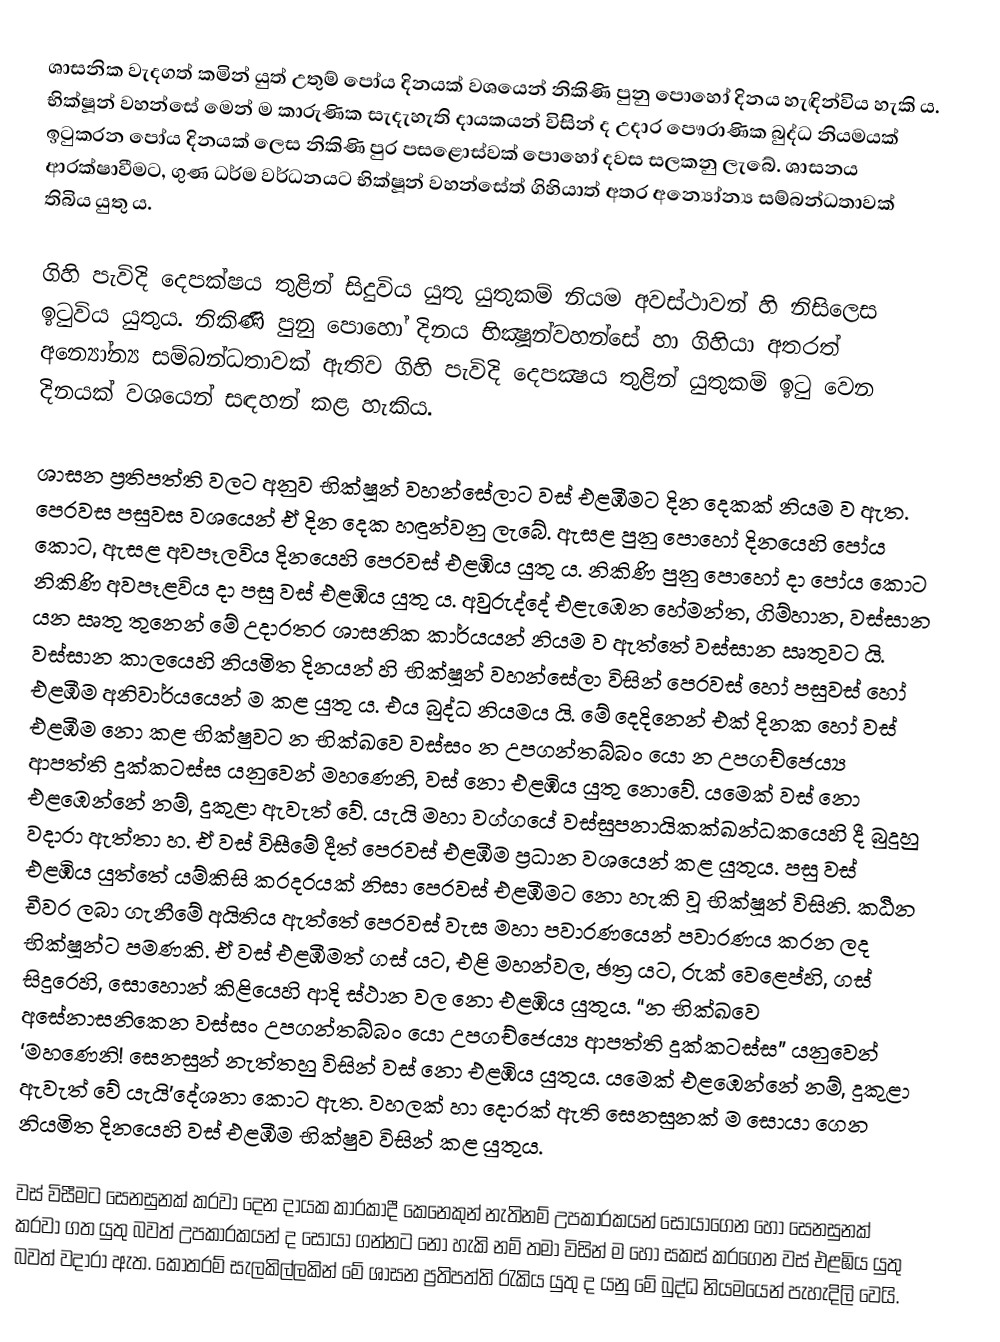
ශාසනික වැදගත් කමින් යුත් උතුම් පෝය දිනයක් වශයෙන් නිකිණි පුනු පොහෝ දිනය හැඳින්විය හැකි ය. භික්ෂූන් වහන්සේ මෙන් ම කාරුණික සැදැහැති දායකයන් විසින් ද උදාර පෞරාණික බුද්ධ නියමයක් ඉටුකරන පෝය දිනයක් ලෙස නිකිණි පුර පසළොස්වක් පොහෝ දවස සලකනු ලැබේ. ශාසනය ආරක්ෂාවීමට, ගුණ ධර්ම වර්ධනයට භික්ෂූන් වහන්සේත් ගිහියාත් අතර අන්‍යෝන්‍ය සම්බන්ධතාවක් තිබිය යුතු ය.

ගිහි පැවිදි දෙපක්ෂය තුළින් සිදුවිය යුතු යුතුකම් නියම අවස්ථාවන් හි නිසිලෙස ඉටුවිය යුතුය. නිකිණි පුනු පොහෝ දිනය භික්‍ෂූන්වහන්සේ හා ගිහියා අතරත් අන්‍යෝන්‍ය සම්බන්ධතාවක් ඇතිව ගිහි පැවිදි දෙපක්‍ෂය තුළින් යුතුකම් ඉටු වෙන දිනයක් වශයෙන් සඳහන් කළ හැකිය.

ශාසන ප්‍රතිපත්ති වලට අනුව භික්ෂූන් වහන්සේලාට වස් එළඹීමට දින දෙකක් නියම ව ඇත. පෙරවස පසුවස වශයෙන් ඒ දින දෙක හඳුන්වනු ලැබේ. ඇසළ පුනු පොහෝ දිනයෙහි පෝය කොට, ඇසළ අවපෑලවිය දිනයෙහි පෙරවස් එළඹිය යුතු ය. නිකිණි පුනු පොහෝ දා පෝය කොට නිකිණි අවපෑළවිය දා පසු වස් එළඹිය යුතු ය. අවුරුද්දේ එළැඹෙන හේමන්ත, ගිම්හාන, වස්සාන යන ඍතු තුනෙන් මේ උදාරතර ශාසනික කාර්යයන් නියම ව ඇත්තේ වස්සාන ඍතුවට යි. වස්සාන කාලයෙහි නියමිත දිනයන් හි භික්ෂූන් වහන්සේලා විසින් පෙරවස් හෝ පසුවස් හෝ එළඹීම අනිවාර්යයෙන් ම කළ යුතු ය. එය බුද්ධ නියමය යි. මේ දෙදිනෙන් එක් දිනක හෝ වස් එළඹීම නො කළ භික්ෂුවට න භික්ඛවෙ වස්සං න උපගන්තබ්බං යො න උපගච්ජෙය්‍ය ආපත්ති දුක්කටස්ස යනුවෙන් මහණෙනි, වස් නො එළඹිය යුතු නොවේ. යමෙක් වස් නො එළඹෙන්නේ නම්, දුකුළා ඇවැත් වේ. යැයි මහා වග්ගයේ වස්සුපනායිකක්ඛන්ධකයෙහි දී බුදුහු වදාරා ඇත්තා හ. ඒ වස් විසීමේ දීත් පෙරවස් එළඹීම ප්‍රධාන වශයෙන් කළ යුතුය. පසු වස් එළඹිය යුත්තේ යම්කිසි කරදරයක් නිසා පෙරවස් එළඹීමට නො හැකි වූ භික්ෂූන් විසිනි. කඨින චීවර ලබා ගැනීමේ අයිතිය ඇත්තේ පෙරවස් වැස මහා පවාරණයෙන් පවාරණය කරන ලද භික්ෂූන්ට පමණකි. ඒ වස් එළඹීමත් ගස් යට, එළි මහන්වල, ඡත්‍ර යට, රුක් වෙළෙප්හි, ගස් සිදුරෙහි, සොහොන් කිළියෙහි ආදි ස්ථාන වල නො එළඹිය යුතුය. “න භික්ඛවෙ අසේනාසනිකෙන වස්සං උපගන්තබ්බං යො උපගච්ජෙය්‍ය ආපත්ති දුක්කටස්ස” යනුවෙන් ‘මහණෙනි! සෙනසුන් නැත්තහු විසින් වස් නො එළඹිය යුතුය. යමෙක් එළඹෙන්නේ නම්, දුකුළා ඇවැත් වේ යැයි’දේශනා කොට ඇත. වහලක් හා දොරක් ඇති සෙනසුනක් ම සොයා ගෙන නියමිත දිනයෙහි වස් එළඹීම භික්ෂුව විසින් කළ යුතුය.

වස් විසීමට සෙනසුනක් කරවා දෙන දායක කාරකාදී කෙනෙකුන් නැතිනම් උපකාරකයන් සොයාගෙන හෝ සෙනසුනක් කරවා ගත යුතු බවත් උපකාරකයන් ද සොයා ගන්නට නො හැකි නම් තමා විසින් ම හෝ සකස් කරගෙන වස් එළඹිය යුතු බවත් වදාරා ඇත. කොතරම් සැලකිල්ලකින් මේ ශාසන ප්‍රතිපත්ති රැකිය යුතු ද යනු මේ බුද්ධ නියමයෙන් පැහැදිලි වෙයි.